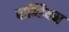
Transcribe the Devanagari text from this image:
पान्डियन